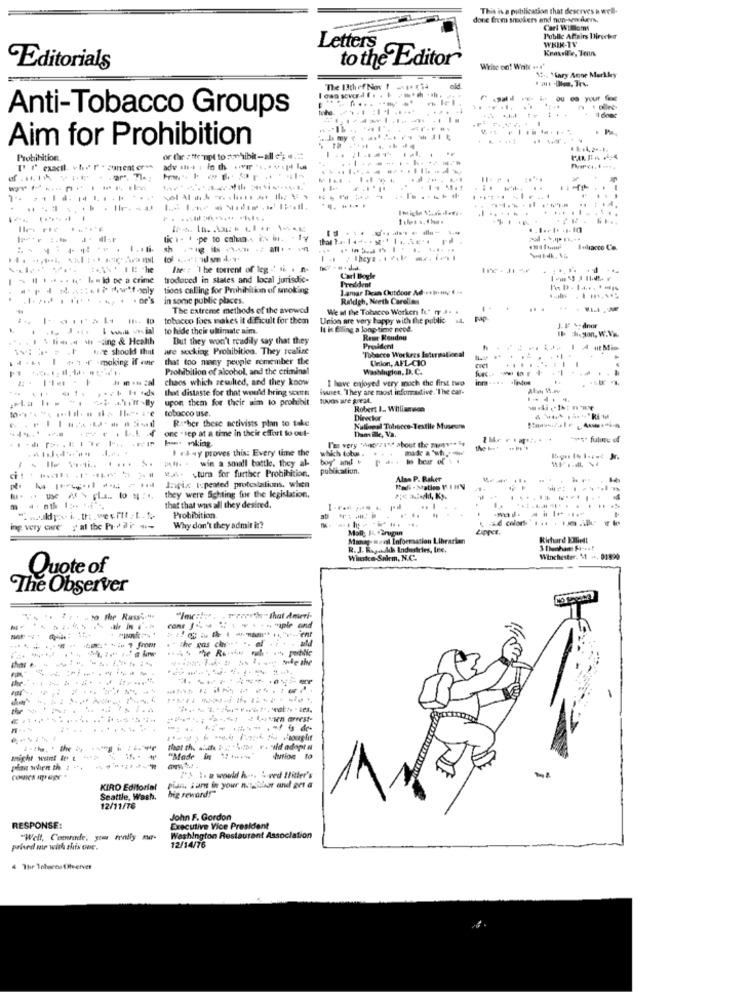
This is a publication that deserves a well.
done Erem snookers and non-smokers.
Carl Willams
Public Affairs Direcher
WKIK-TV
Letters
to the Editor
Editorials
Write on! Wollt . *
15 -, Mary Anne Markkry
The 13th of Nov
I own sever.d f . .
Anti-Tobacco Groups
.. ..... .. ...
-
Aim for Prohibition
La my
Prohibition.
or the : * he mol to zomhibit-all el: ...
PALPA 154
. .. ....
-----
.. .
44
...... .
.... ......
tic 1 - 1 .pe to caha .. i. i. - t-y
---------
Iedsacco Co.
Ite :: The torrent of leg .' ti . n-
- .....** id de a crime
troduved in states and local jurisdic-
Carl Boyle
President
1ions calling for Prohibition of smoking
Lamar Dican Outdoor Ad ihrmg . ..
in some public places.
Raldgh, Neeth Carolien
The extreme methods of the avowed
We al the Tobacco Worken tu." fr .. .
tobacco foes makes it difficult for them
Union are very happy with the public
to hide their ultimade um.
It is Elling a long time nood.
J.19 %ednur
ID deton, W.Va.
1.14 . - ing & Health
But they won't readily say that they
Rewe Kendnu
hice should that
are seeking Prohibition. They realize
President
Tobacco Workers International
that too many people remember the
Union, AFL-CIO
Prohibition of alcohol, and the criminal
Washington, D. C.
in .s zal chaos which zewilted, and they know
I have enjoyed very much the first two
thet distaste for that would bring scuff
isuret. "They are most informative.'The car-
upon them for their aim to prohibit
tuvas are great.
tobacco use.
Robert 1. Williamson
Richer these activists plan to take
Director
one . sep at a time in their effort to out-
Nuliseal Tobacco-Textile Museum
Dam ille, Va.
bu miking
T'es very "egyrant about the move? ?
""s fulle of
I r&4y proves this: Every time the
which toł. ..
the bet
-
win a small battle. they al-
boy' and &
publkaliun.
MMA. . tura for further Prohibition.
Alne P. Baker
Inpix typeated protestalims. when
they were Sighting for the legislation.
m
that that was all they desired.
Prohibition
ing very owe y al the Phar --
Why don't they admit in?
Manag- mavil Information Librarian
Richard ETliett
R. J. Ragot Ads Industries, Inc.
Wisko-Salem, N.C.
Winchester. 11 4, 01599
Quote of
The Observer
. trzeba" that Ameri-
& Haple ond
.....
------
-
.... ........
might want to : "
"Made in .....
1% \. m would h -.. .. ved Hitler's
KIRO Editorial
pian, Ium in your nachbar and get a
big reward!"
Seattle, Wash.
12/11/76
John F. Gordon
RESPONSE:
Executive Vice President
"Well, Comrade, you really sw-
Washington Restaurant Association
12/14/76
prised me with this one.
The Tobacco Oheerver